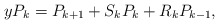
\begin{align*}y P_{k}= P_{k+1} + S_{k} P_{k} + R_{k} P_{k-1}, \end{align*}